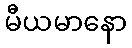
မီယမာနော